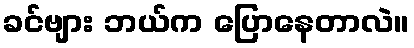
ခင်ဗျား ဘယ်က ပြောနေတာလဲ။